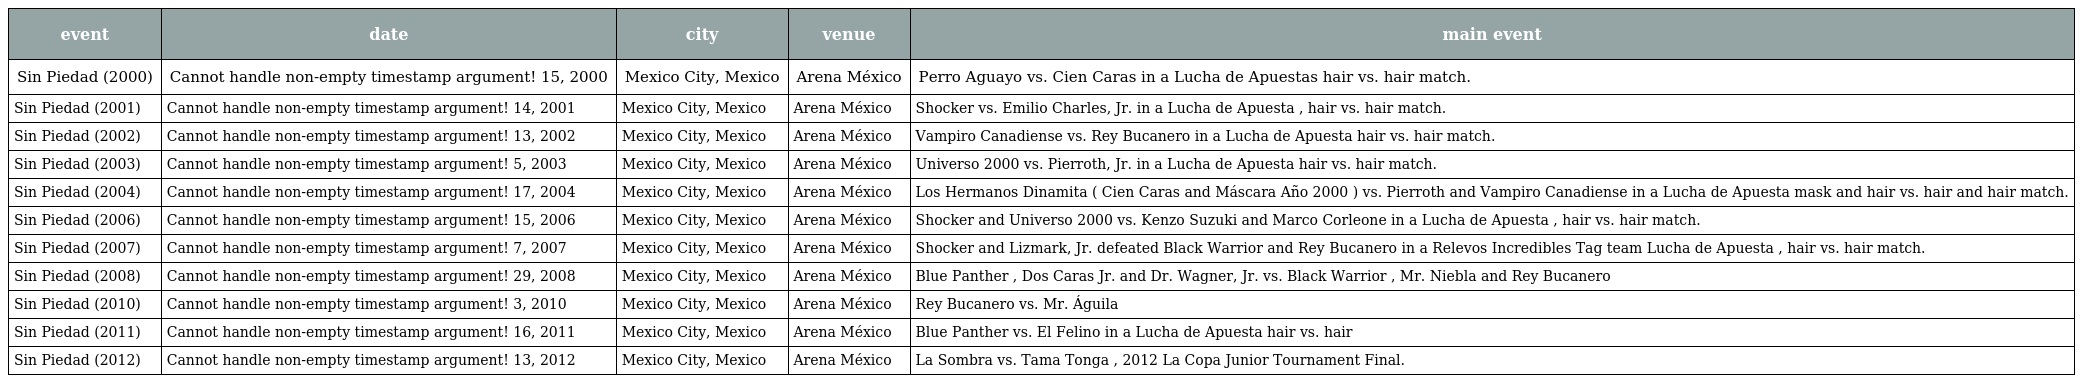
| event | date | city | venue | main event |
 | --- | --- | --- | --- | --- |
 | Sin Piedad (2000) | Cannot handle non-empty timestamp argument! 15, 2000 | Mexico City, Mexico | Arena México | Perro Aguayo vs. Cien Caras in a Lucha de Apuestas hair vs. hair match. |
 | Sin Piedad (2001) | Cannot handle non-empty timestamp argument! 14, 2001 | Mexico City, Mexico | Arena México | Shocker vs. Emilio Charles, Jr. in a Lucha de Apuesta , hair vs. hair match. |
 | Sin Piedad (2002) | Cannot handle non-empty timestamp argument! 13, 2002 | Mexico City, Mexico | Arena México | Vampiro Canadiense vs. Rey Bucanero in a Lucha de Apuesta hair vs. hair match. |
 | Sin Piedad (2003) | Cannot handle non-empty timestamp argument! 5, 2003 | Mexico City, Mexico | Arena México | Universo 2000 vs. Pierroth, Jr. in a Lucha de Apuesta hair vs. hair match. |
 | Sin Piedad (2004) | Cannot handle non-empty timestamp argument! 17, 2004 | Mexico City, Mexico | Arena México | Los Hermanos Dinamita ( Cien Caras and Máscara Año 2000 ) vs. Pierroth and Vampiro Canadiense in a Lucha de Apuesta mask and hair vs. hair and hair match. |
 | Sin Piedad (2006) | Cannot handle non-empty timestamp argument! 15, 2006 | Mexico City, Mexico | Arena México | Shocker and Universo 2000 vs. Kenzo Suzuki and Marco Corleone in a Lucha de Apuesta , hair vs. hair match. |
 | Sin Piedad (2007) | Cannot handle non-empty timestamp argument! 7, 2007 | Mexico City, Mexico | Arena México | Shocker and Lizmark, Jr. defeated Black Warrior and Rey Bucanero in a Relevos Incredibles Tag team Lucha de Apuesta , hair vs. hair match. |
 | Sin Piedad (2008) | Cannot handle non-empty timestamp argument! 29, 2008 | Mexico City, Mexico | Arena México | Blue Panther , Dos Caras Jr. and Dr. Wagner, Jr. vs. Black Warrior , Mr. Niebla and Rey Bucanero |
 | Sin Piedad (2010) | Cannot handle non-empty timestamp argument! 3, 2010 | Mexico City, Mexico | Arena México | Rey Bucanero vs. Mr. Águila |
 | Sin Piedad (2011) | Cannot handle non-empty timestamp argument! 16, 2011 | Mexico City, Mexico | Arena México | Blue Panther vs. El Felino in a Lucha de Apuesta hair vs. hair |
 | Sin Piedad (2012) | Cannot handle non-empty timestamp argument! 13, 2012 | Mexico City, Mexico | Arena México | La Sombra vs. Tama Tonga , 2012 La Copa Junior Tournament Final. |